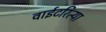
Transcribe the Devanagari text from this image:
वाईटरित्या